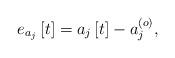
LaTeX: \begin{align*} e_{a_j}\left[t\right]=a_j\left[t\right]-a_j^{\left(o\right)},\end{align*}